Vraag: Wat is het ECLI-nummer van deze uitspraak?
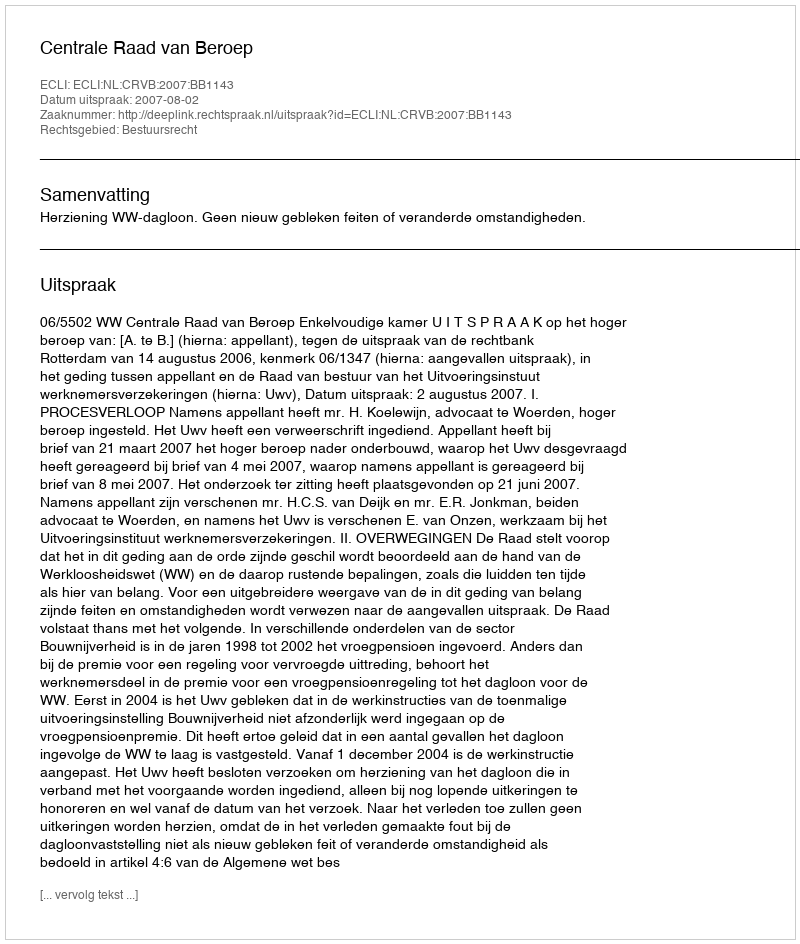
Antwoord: ECLI:NL:CRVB:2007:BB1143